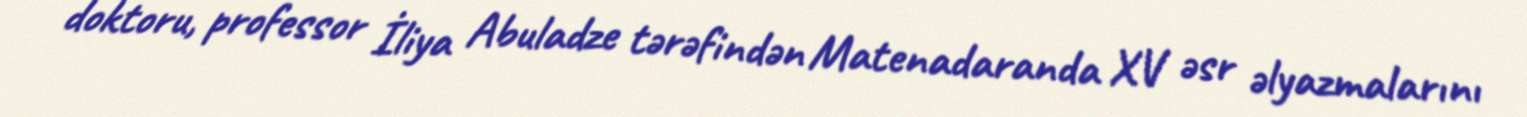
doktoru, professor İliya Abuladze tərəfindən Matenadaranda XV əsr əlyazmalarını